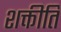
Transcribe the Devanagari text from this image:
शक्तीति